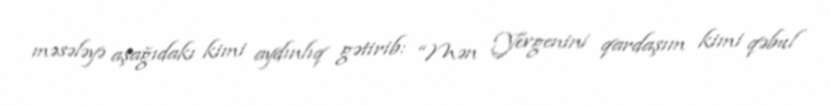
məsələyə aşağıdakı kimi aydınlıq gətirib: “Mən Yevgenini qardaşım kimi qəbul